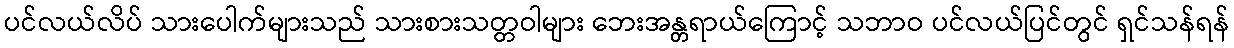
ပင်လယ်လိပ် သားပေါက်များသည် သားစားသတ္တဝါများ ဘေးအန္တရာယ်ကြောင့် သဘာဝ ပင်လယ်ပြင်တွင် ရှင်သန်ရန်